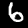
Digit: 6